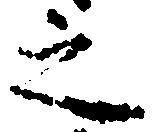
之